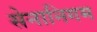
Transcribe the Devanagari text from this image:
सेनानिगम